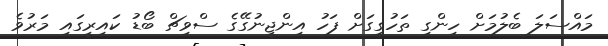
މައްސަލަ ބެލުމަށް ހިންގި ތަހުގީގަށް ފަހު އިންޖީނުގޭގެ ސްވިޗް ބޯޑު ކައިރީގައި މަރުވެ